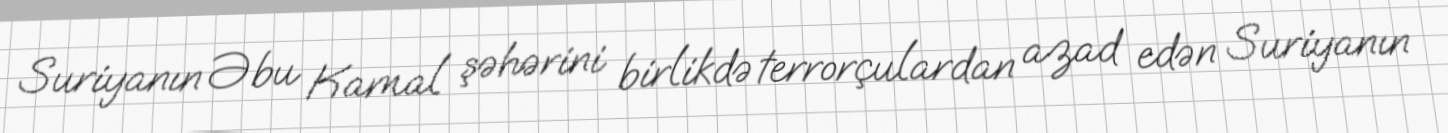
Suriyanın Əbu Kamal şəhərini birlikdə terrorçulardan azad edən Suriyanın